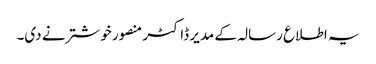
یہ اطلاع رسالہ کے مدیر ڈاکٹر منصور خوشتر نے دی۔